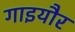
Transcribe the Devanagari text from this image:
गाइयौर